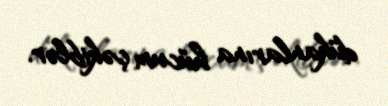
dükanlarına hücum çəkiblər.